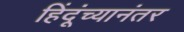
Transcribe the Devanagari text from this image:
हिंदूंच्यानंतर